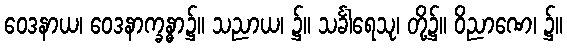
ဝေဒနာယ၊ ဝေဒနာက္ခန္ဓာ၌။ သညာယ၊ ၌။ သင်္ခါရေသု၊ တို့၌။ ဝိညာဏေ၊ ၌။